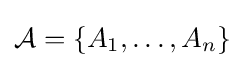
{\mathcal {A}}=\{A_{1},\ldots ,A_{n}\}